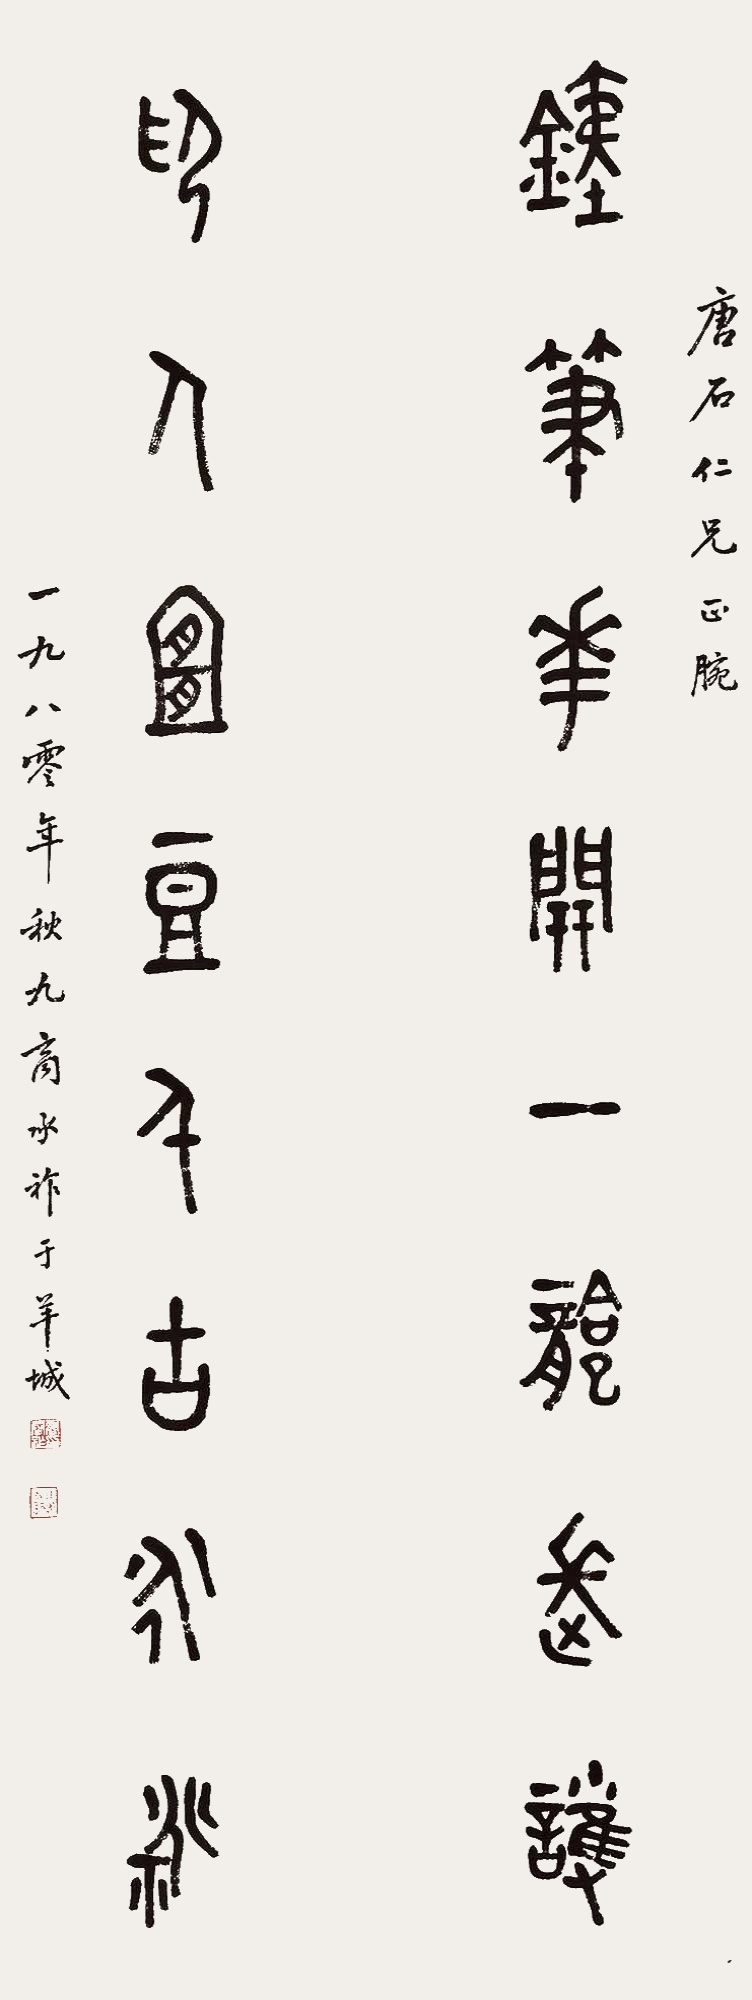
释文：铁笔花开一龛长护，印人宜豆千古永祧。唐石仁兄正腕，一九八零年秋九商承祚于羊城。